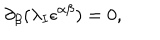
LaTeX: \partial _ { \beta } ( \lambda _ { I } \epsilon ^ { \alpha \beta } ) = 0 ,